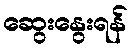
ဆွေးနွေးရန်